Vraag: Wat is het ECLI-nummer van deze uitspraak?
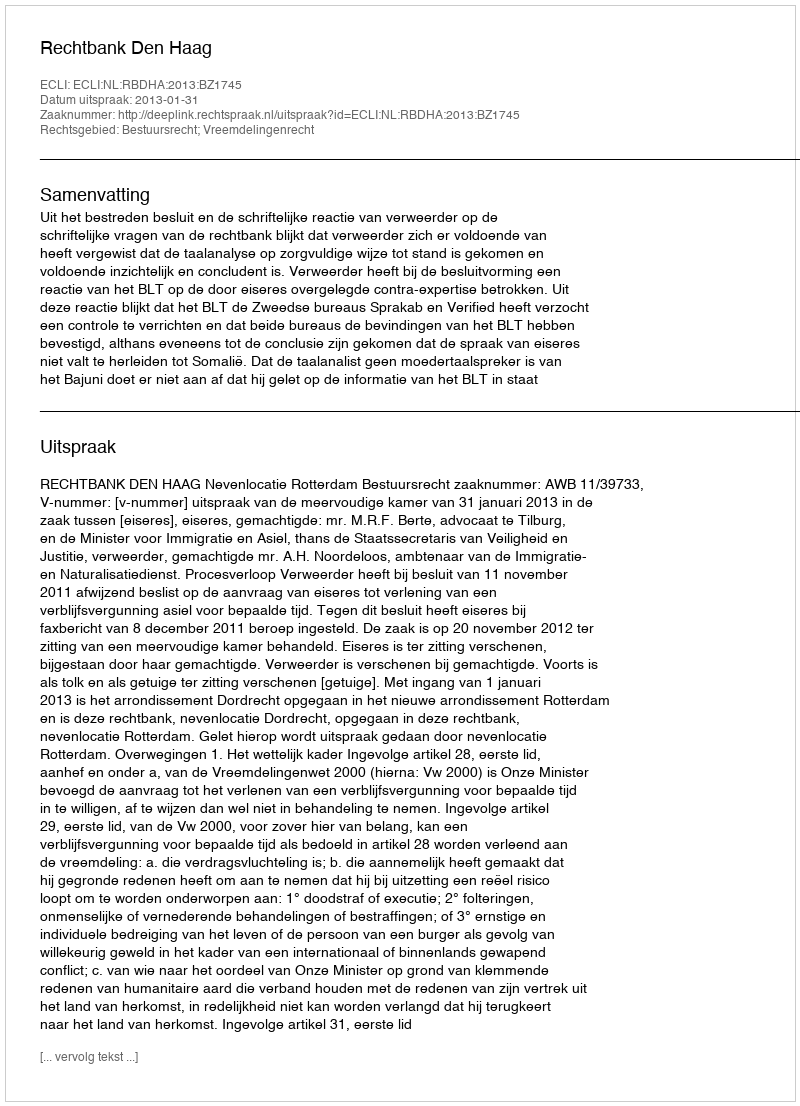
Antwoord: ECLI:NL:RBDHA:2013:BZ1745